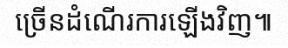
ច្រើនដំណើរការឡើងវិញ៕